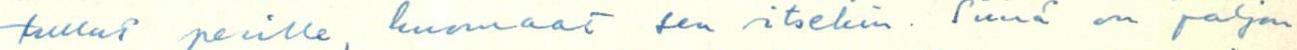
tullut perille, huomaat sen itsekin. Siinä on paljon